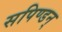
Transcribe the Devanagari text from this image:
सपिण्डन्